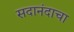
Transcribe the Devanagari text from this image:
सदानंदाचा